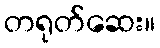
တရုတ်ဆေး။